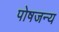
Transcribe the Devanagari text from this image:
पोषजन्य